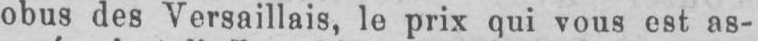
obus des Versaillais, le prix qui vous est as-